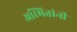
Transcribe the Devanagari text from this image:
अस्मितांनी